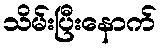
သိမ်းပြီးနောက်